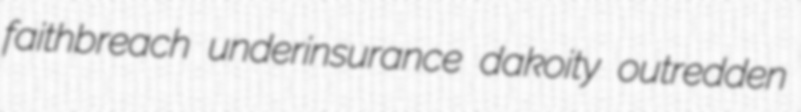
faithbreach underinsurance dakoity outredden